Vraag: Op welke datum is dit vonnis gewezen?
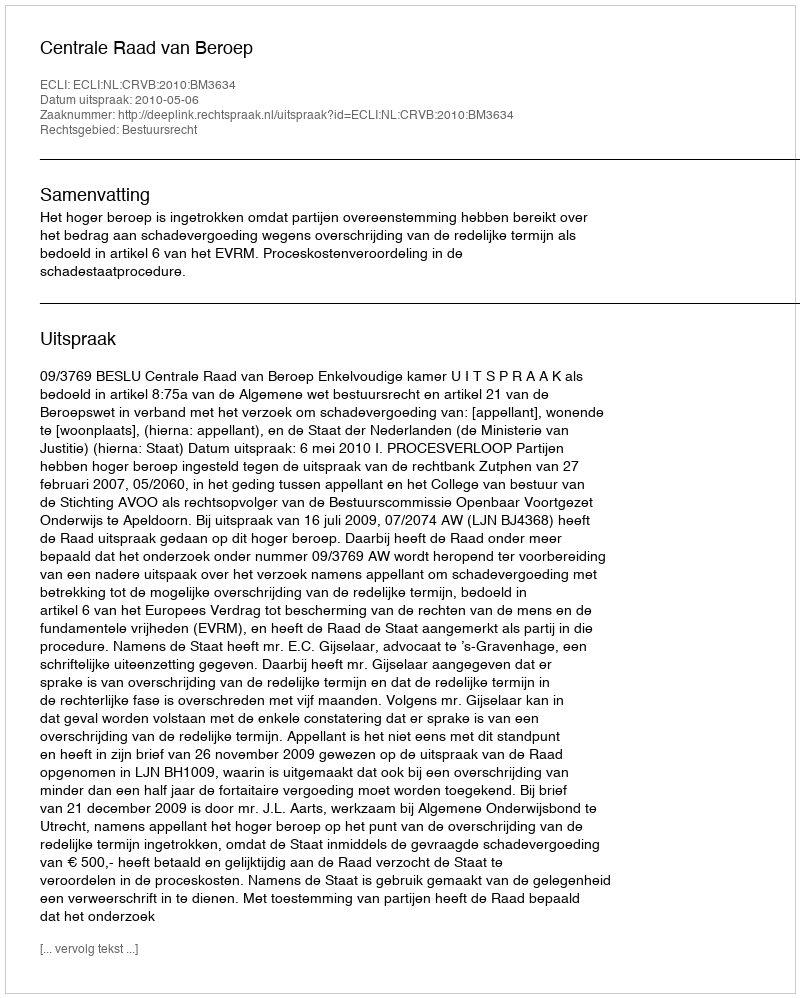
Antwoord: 2010-05-06